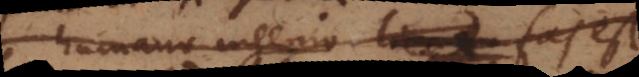
humano ingenio licet fas est..